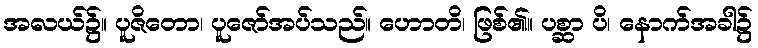
အလယ်၌။ ပူဇိတော၊ ပူဇော်အပ်သည်။ ဟောတိ၊ ဖြစ်၏။ ပစ္ဆာ ပိ၊ နောက်အခါ၌